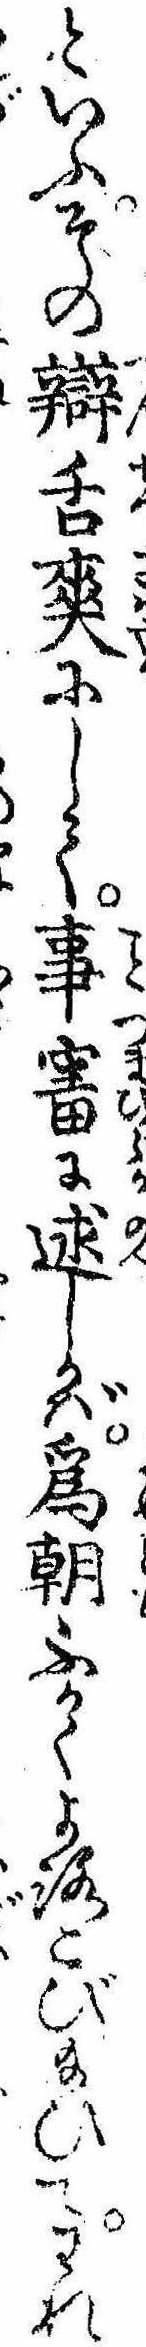
といふその弁舌爽にして事審に述しかば為朝ふかくよろこび給ひてわれ